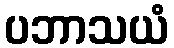
ပဘာသယံ